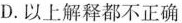
D.以上解释都不正确